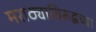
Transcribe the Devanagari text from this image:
मराठ्याविरुद्धच्या